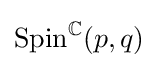
\mathrm {Spin} ^{\mathbb {C} }(p,q)